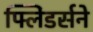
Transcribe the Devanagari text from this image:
फ्लिंडर्सने